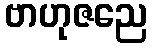
ဗာဟုဇညေ